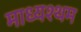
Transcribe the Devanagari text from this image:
माध्यश्थम